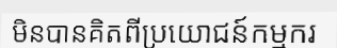
មិនបានគិតពីប្រយោជន៍កម្មករ